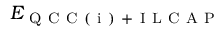
E _ { \mathrm { ~ Q ~ C ~ C ~ ( ~ i ~ ) ~ + ~ I ~ L ~ C ~ A ~ P ~ } }